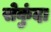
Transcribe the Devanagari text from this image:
सेकुंदा